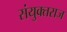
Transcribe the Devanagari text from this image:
संयुक्तराज